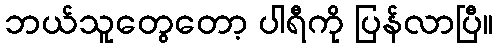
ဘယ်သူတွေတော့ ပါရီကို ပြန်လာပြီ။